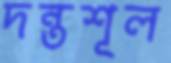
দন্তশূল